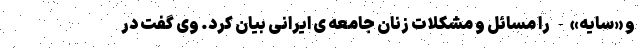
و «سایه»- را مسائل و مشکلات زنان جامعه ی ایرانی بیان کرد. وی گفت در